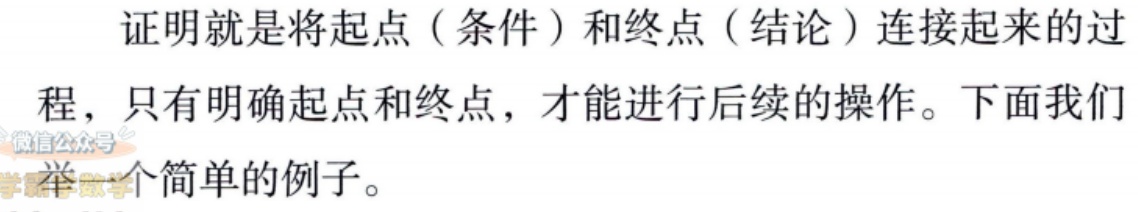
证明就是将起点（条件）和终点（结论）连接起来的过程，只有明确起点和终点，才能进行后续的操作。下面我们举一个简单的例子。